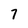
Character: 7